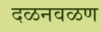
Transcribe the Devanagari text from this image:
दळनवळण